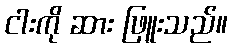
ငါးကို ဆား ဖြူးသည်။